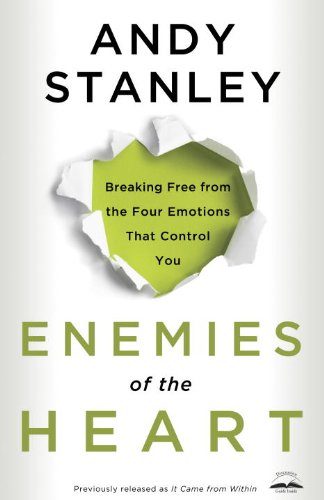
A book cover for Enemies of the Heart: Breaking Free from the Four Emotions That Control You; Andy Stanley; Christian Books & Bibles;